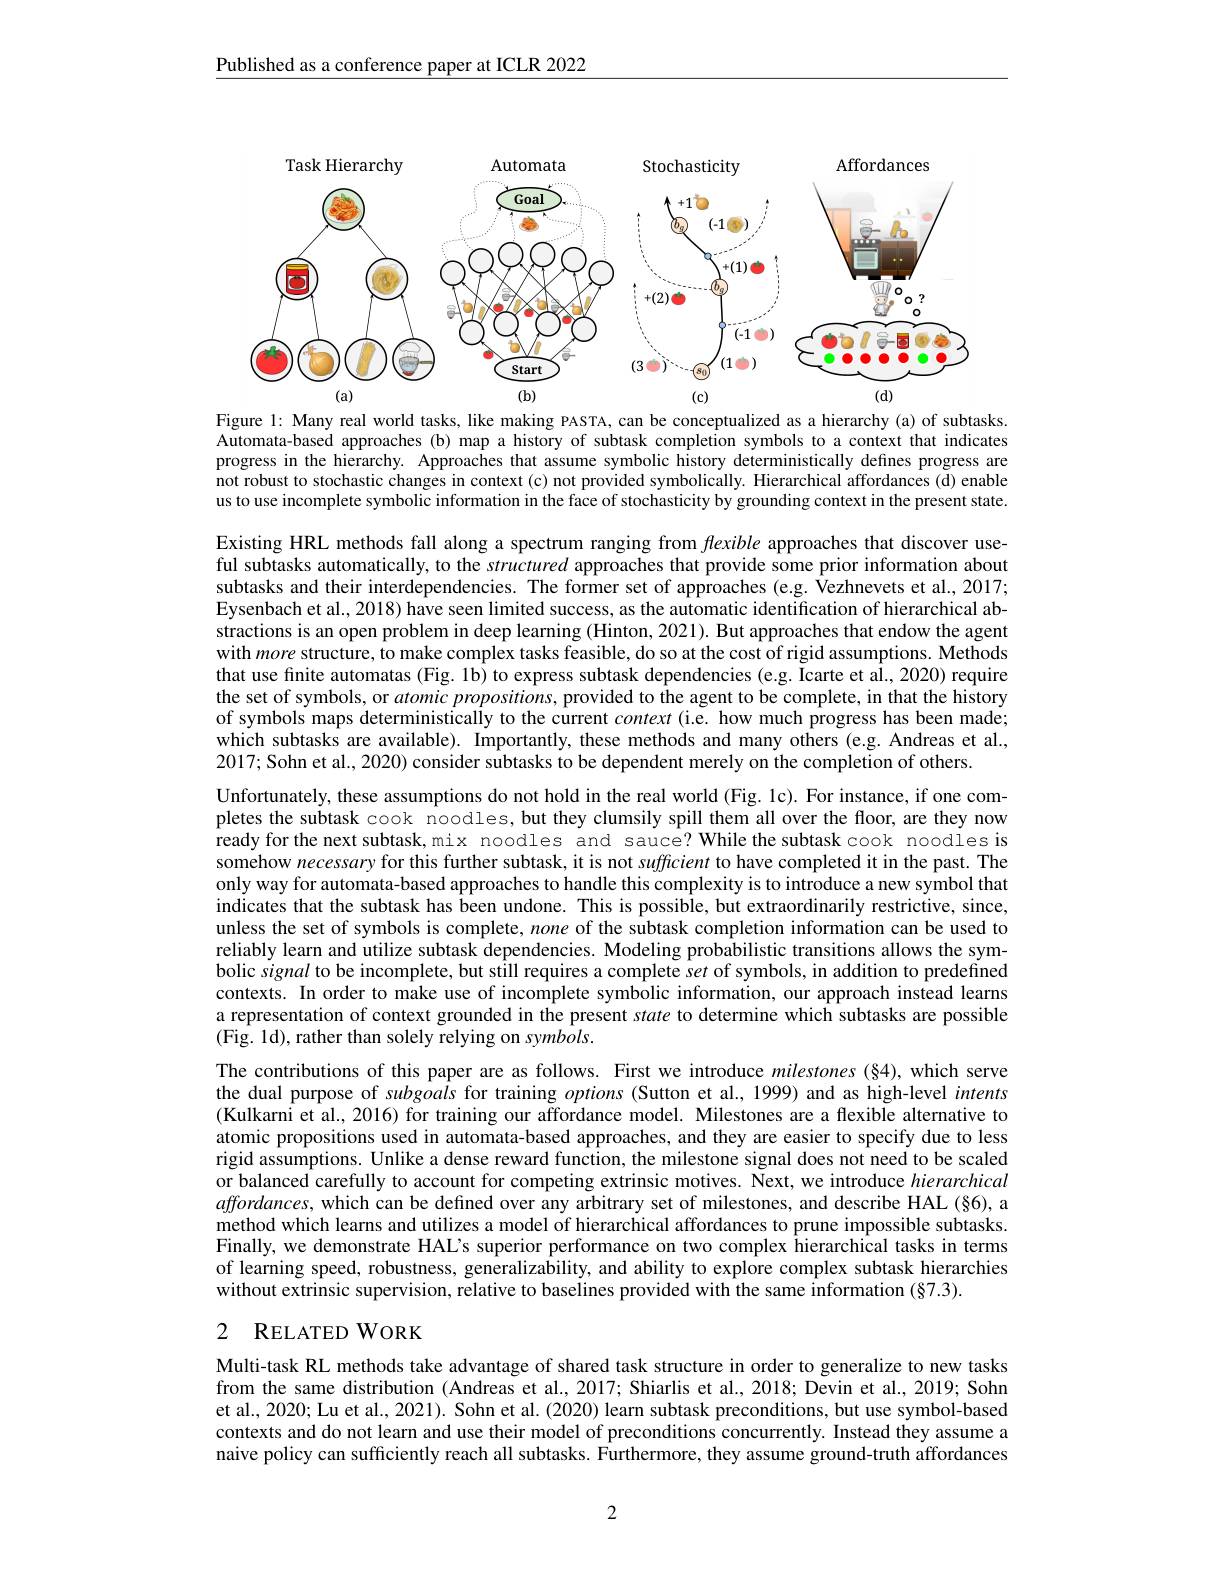
Published as a conference paper at ICLR 2022

<FigureHere>
Figure 1: Many real world tasks, like making PASTA, can be conceptualized as a hierarchy (a) of subtasks.

Automata-based approaches(b) map a history of subtask completion symbols to a context that indicates progress in the hierarchy. Approaches that assume symbolic history deterministically defines progress are not robust to stochastic changes in context (c) not provided symbolically. Hierarchical affordances (d) enable us to use incomplete symbolic information in the face of stochasticity by grounding context in the present state.

Existing HRL methods fall along a spectrum ranging from flexible approaches that discover useful subtasks automatically, to the structured approaches that provide some prior information about subtasks and their interdependencies. The former set of approaches (e.g. $\hat{\text{Vezhnevetsetal.,2017;}}$ Eysenbach et al., 2018) have seen limited success, as the automatic identification of hierarchical abstractions is an open problem in deep learning (Hinton, 2021). But approaches that endow the agent with more structure, to make complex tasks feasible, do so at the cost of rigid assumptions. Methods that use finite automatas (Fig. 1b) to express subtask dependencies (e.g. Icarte et al., 2020) require the set of symbols, or atomic propositions, provided to the agent to be complete, in that the history of symbols maps deterministically to the current context (i.e. how much progress has been made; which subtasks are available). Importantly, these methods and many others (e.g. Andreas et al., 2017; Sohn et al., 2020) consider subtasks to be dependent merely on the completion of others.
Unfortunately, these assumptions do not hold in the real world (Fig. 1c). For instance, if one completes the subtask cook noodles, but they clumsily spill them all over the floor, are they now $\hat{\text{readyforthe next subtask,mix noodles and sauce? While the subtask cook noodles is}}$ somehow necessary for this further subtask, it is not sufficient to have completed it in the past. The only way for automata-based approaches to handle this complexity is to introduce a new symbol that indicates that the subtask has been undone. This is possible, but extraordinarily restrictive, since, unless the set of symbols is complete, none of the subtask completion information can be used to reliably learn and utilize subtask dependencies. Modeling probabilistic transitions allows the symbolic $\v signal$ to be incomplete, but still requires a complete set of symbols, in addition to predefined contexts. In order to make use of incomplete symbolic information, our approach instead learns a representation of context grounded in the present state to determine which subtasks are possible (Fig. 1d), rather than solely relying on symbols.
The contributions of this paper are as follows. First we introduce milestones (§4), which serve the dual purpose of subgoals for training options (Sutton et al., 1999) and as high-level intents (Kulkarni et al., 2016) for training our affordance model. Milestones are a flexible alternative to atomic propositions used in automata-based approaches, and they are easier to specify due to less rigid assumptions. Unlike a dense reward function, the milestone signal does not need to be scaled or balanced carefully to account for competing extrinsic motives. Next, we introduce hierarchical affordances, which can be defined over any arbitrary set of milestones, and describe HAL (§6), a method which learns and utilizes a model of hierarchical affordances to prune impossible subtasks. Finally, we demonstrate HAL's superior performance on two complex hierarchical tasks in terms of learning speed, robustness, generalizability, and ability to explore complex subtask hierarchies without extrinsic supervision, relative to baselines provided with the same information (§7.3).

## 2 RELATEDWORK

Multi-task RL methods take advantage of shared task structure in order to generalize to new tasks from the same distribution (Andreas et al., 2017; Shiarlis et al., 2018; Devin et al., 2019; Sohn et al., 2020; Lu et al., 2021). Sohn et al. (2020) learn subtask preconditions, but use symbol-based contexts and do not learn and use their model of preconditions concurrently. Instead they assume a naive policy can sufficiently reach all subtasks. Furthermore, they assume ground-truth affordances

2